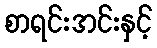
စာရင်းအင်းနှင့်